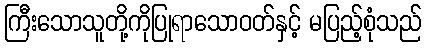
ကြီးသောသူတို့ကိုပြုရာသောဝတ်နှင့် မပြည့်စုံသည်